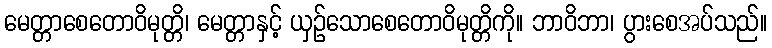
မေတ္တာစေတောဝိမုတ္တိ၊ မေတ္တာနှင့် ယှဉ်သောစေတောဝိမုတ္တိကို။ ဘာဝိဘာ၊ ပွားစေအပ်သည်။